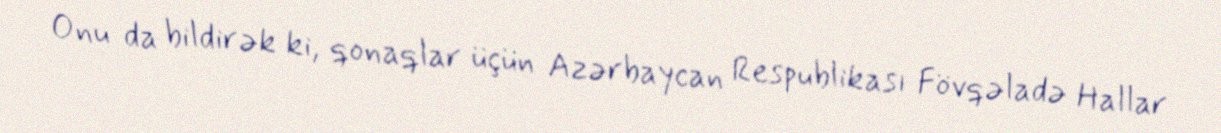
Onu da bildirək ki, qonaqlar üçün Azərbaycan Respublikası Fövqəladə Hallar